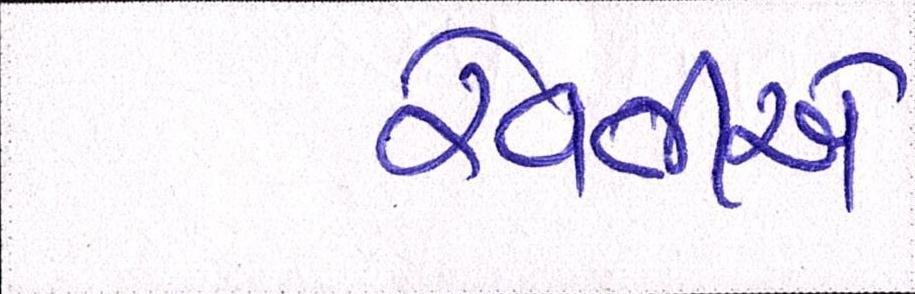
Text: રેવતીએ